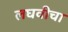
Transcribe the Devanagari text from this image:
लघवीचा